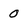
Character: 0